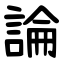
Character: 論